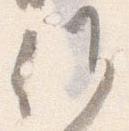
候